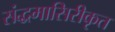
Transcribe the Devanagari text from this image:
संद्धमासिरीकृत